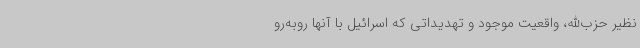
نظیر حزب‌الله، واقعیت موجود و تهدیداتی که اسرائیل با آنها روبه‌رو